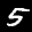
Label: 5